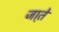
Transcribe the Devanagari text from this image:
जात़े